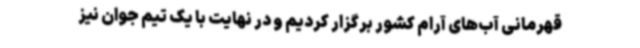
قهرمانی آب‌های آرام کشور برگزار کردیم و در نهایت با یک تیم جوان نیز